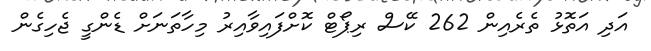
އަދި އަތޮޅު ތެރެއިން 262 ކޭސް ރިޕޯޓް ކޮށްފައިވާއިރު މިހާތަނަށް ޑެންގީ ޖެހިގެން